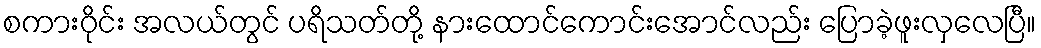
စကားဝိုင်း အလယ်တွင် ပရိသတ်တို့ နားထောင်ကောင်းအောင်လည်း ပြောခဲ့ဖူးလှလေပြီ။